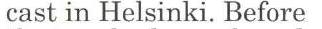
cast in Helsinki. Before